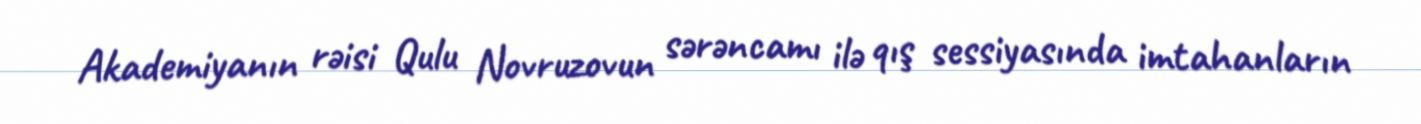
Akademiyanın rəisi Qulu Novruzovun sərəncamı ilə qış sessiyasında imtahanların